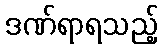
ဒဏ်ရာရသည့်